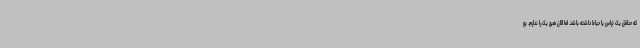
که حداقل یک تراس یا حیاط داشته باشد. اما الان هیچ یک را ندارم. بع